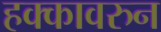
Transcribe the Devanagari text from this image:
हक्कावरुन